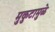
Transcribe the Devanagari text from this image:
मुकुटामुळे